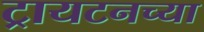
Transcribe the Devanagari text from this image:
ट्रायटनच्या